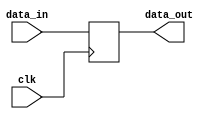
`timescale 1ns / 1ps
module Temp_Reg_ALU(
    input clk,
    input [31:0]data_in,
    output reg [31:0]data_out
);

    always@(posedge clk)
    begin
        data_out<=data_in;
    end


endmodule